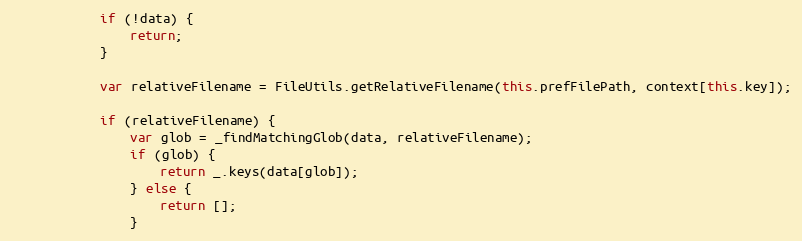
Language: JavaScript
            if (!data) {
                return;
            }

            var relativeFilename = FileUtils.getRelativeFilename(this.prefFilePath, context[this.key]);

            if (relativeFilename) {
                var glob = _findMatchingGlob(data, relativeFilename);
                if (glob) {
                    return _.keys(data[glob]);
                } else {
                    return [];
                }